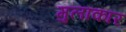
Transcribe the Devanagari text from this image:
मुलाकार